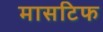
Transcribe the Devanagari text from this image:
मासटिफ